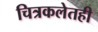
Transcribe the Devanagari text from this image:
चित्रकलेतही